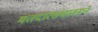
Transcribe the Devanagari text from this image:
मतदारसंघावरून